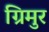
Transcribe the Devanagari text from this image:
ग्रिमुर